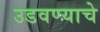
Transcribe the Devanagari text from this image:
उडवण्याचे